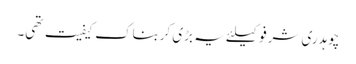
چوہدری شرفو کیلئے یہ بڑی کربناک کیفیت تھی۔